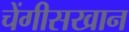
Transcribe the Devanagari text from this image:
चेंगीसखान